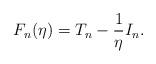
LaTeX: \begin{align*}F_n(\eta) = T_n - \frac{1}{\eta} I_n.\end{align*}